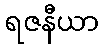
ရဇနီယာ